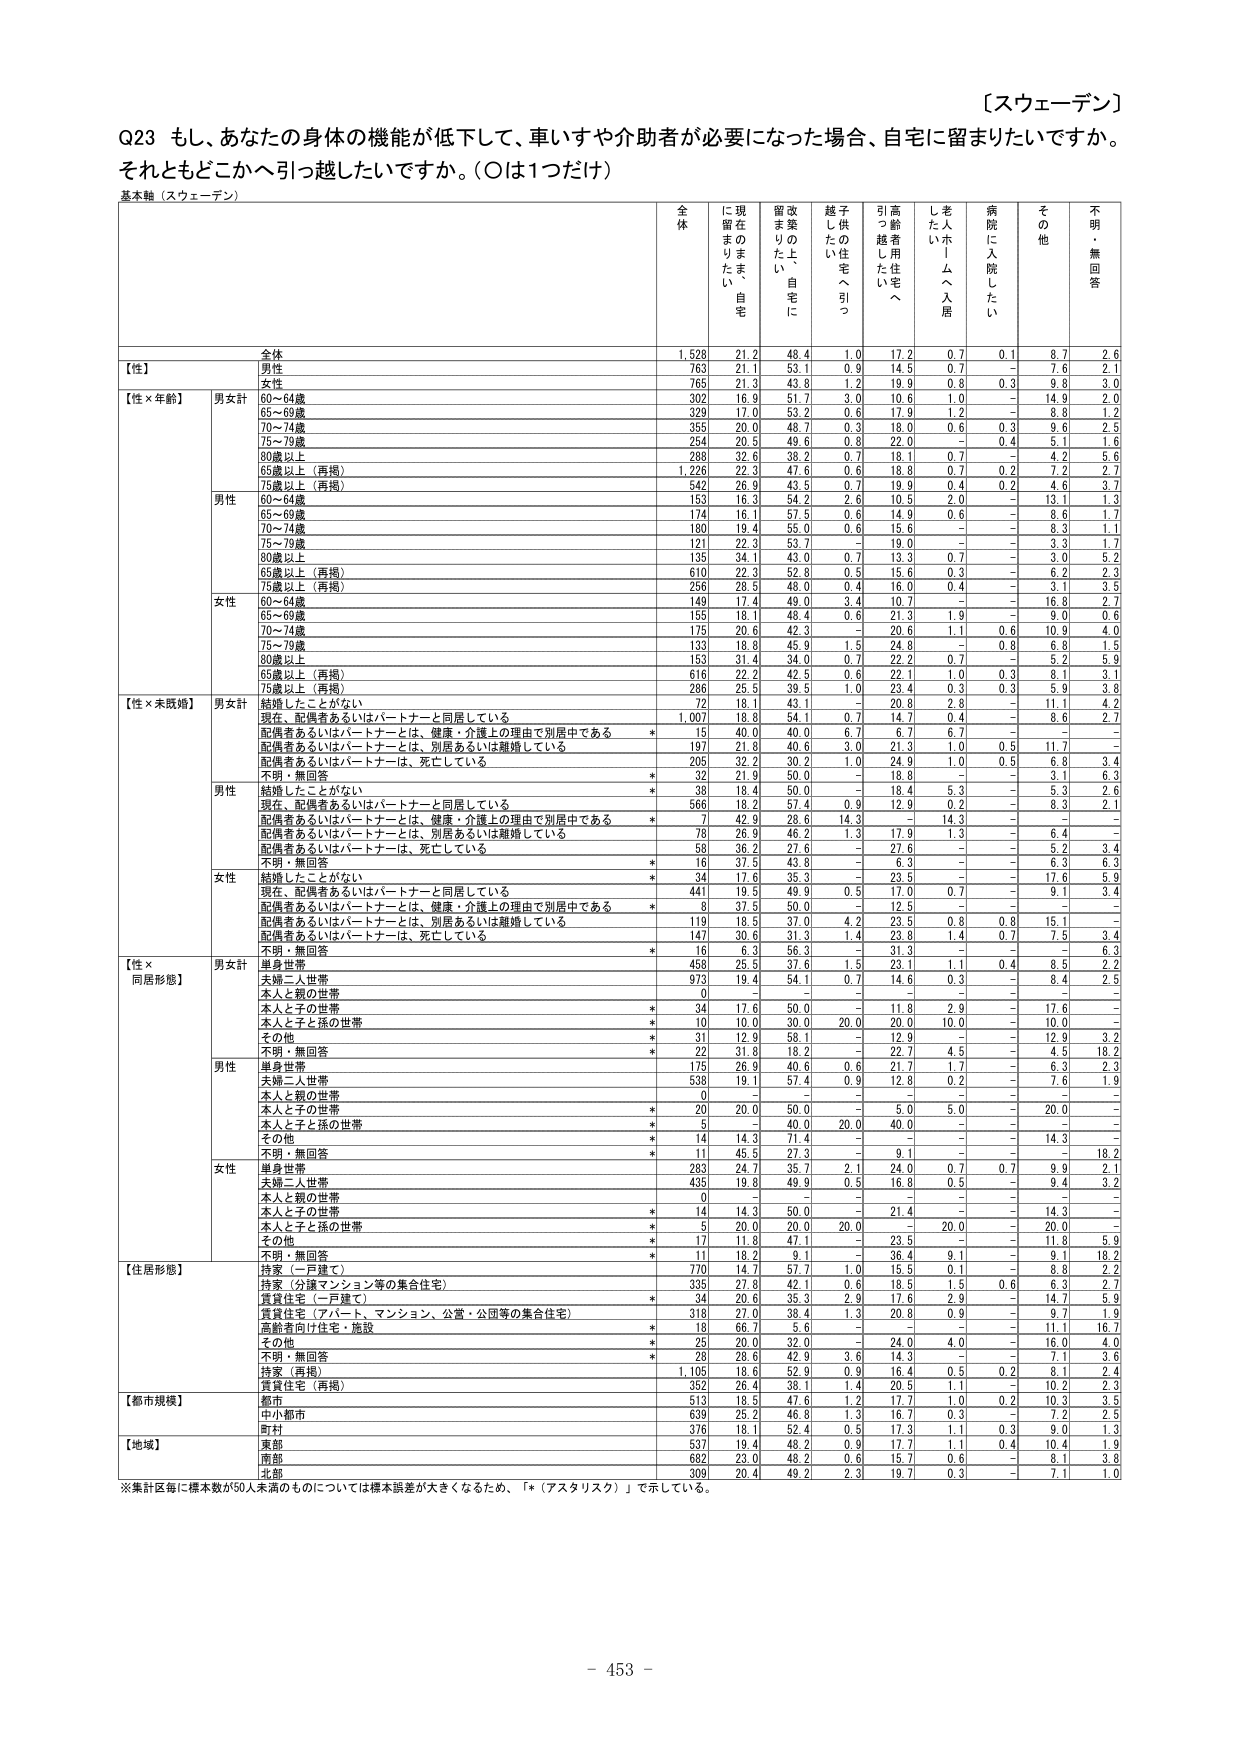
【スウェーデン】

Q23 もし、あなたの身体の機能が低下して、車いすや介助者が必要になった場合、自宅に留まりたいですか。それともどこかへ引っ越したいですか。（○は1つだけ）

基本軸（スウェーデン）

全体 に現在の ままの 住まいに 留まりたい 自宅 改築した 自宅に 越し たい 供の 住宅へ 引っ越 したい 高齢者 用住宅 へ 老人 ホーム へ 入居 病院に 入院したい その他 不明・ 無回答

全体 1,528 21.2 48.4 1.0 17.2 0.7 0.1 8.7 2.6

【性】
男性 763 21.1 53.1 0.9 14.5 0.7 - 7.6 2.1
女性 765 21.3 43.8 1.2 19.9 0.8 0.3 9.8 3.0

【性×年齢】
男女計
60～64歳 302 16.9 51.7 3.0 10.6 1.0 - 14.9 2.0
65～69歳 329 17.0 53.2 0.6 17.9 1.2 - 8.8 1.2
70～74歳 355 20.0 48.7 0.3 18.0 0.6 0.3 9.6 2.5
75～79歳 254 20.5 49.6 0.8 22.0 - 0.4 5.1 1.6
80歳以上 288 32.6 38.2 0.7 18.1 0.7 - 4.2 5.6
65歳以上（再掲） 1,226 22.3 47.6 0.6 18.8 0.7 0.2 7.2 2.7
75歳以上（再掲） 542 26.9 43.5 0.7 19.9 0.4 0.2 4.6 3.7

男性
60～64歳 153 16.3 54.2 2.6 10.5 2.0 - 13.1 1.3
65～69歳 174 16.1 57.5 0.6 14.9 0.6 - 8.6 1.7
70～74歳 180 19.4 55.0 0.6 15.6 - - 8.3 1.1
75～79歳 121 22.3 53.7 - 19.0 - - 3.3 1.7
80歳以上 135 34.1 43.0 0.7 13.3 0.7 - 3.0 5.2
65歳以上（再掲） 610 22.3 52.8 0.5 15.6 0.3 - 6.2 2.3
75歳以上（再掲） 256 28.5 48.0 0.4 16.0 0.4 - 3.1 3.5

女性
60～64歳 149 17.4 49.0 3.4 10.7 - - 16.8 2.7
65～69歳 155 18.1 48.4 0.6 21.3 1.9 - 9.0 0.6
70～74歳 175 20.6 42.3 - 20.6 1.1 0.6 10.9 4.0
75～79歳 133 18.8 45.9 1.5 24.8 - 0.8 6.8 1.5
80歳以上 153 31.4 34.0 0.7 22.2 0.7 - 5.2 5.9
65歳以上（再掲） 616 22.2 42.5 0.6 22.1 1.0 0.3 8.1 3.1
75歳以上（再掲） 286 25.5 39.5 1.0 23.4 0.3 0.3 5.9 3.8

【性×未婚形態】
男女計
結婚したことがない 72 18.1 43.1 - 20.8 2.8 - 11.1 4.2
現在、配偶者あるいはパートナーと同居している 1,007 18.8 54.1 0.7 14.7 0.4 - 8.6 2.7
配偶者あるいはパートナーとは、健康・介護上の理由で別居中である * 15 40.0 40.0 6.7 6.7 6.7 - - -
配偶者あるいはパートナーとは、別居あるいは離婚している 197 21.8 40.6 3.0 21.3 1.0 0.5 11.7 -
配偶者あるいはパートナーは、死亡している 205 32.2 30.2 1.0 24.9 1.0 0.5 6.8 3.4
不明・無回答 * 32 21.9 50.0 - 18.8 - - 3.1 6.3

男性
結婚したことがない * 38 18.4 50.0 - 18.4 5.3 - 5.3 2.6
現在、配偶者あるいはパートナーと同居している 566 18.2 57.4 0.9 12.9 0.2 - 8.3 2.1
配偶者あるいはパートナーとは、健康・介護上の理由で別居中である * 7 42.9 28.6 14.3 - 14.3 - - -
配偶者あるいはパートナーとは、別居あるいは離婚している 78 26.9 46.2 1.3 17.9 1.3 - 6.4 -
配偶者あるいはパートナーは、死亡している 58 36.2 27.6 - 27.6 - - 5.2 3.4
不明・無回答 * 16 37.5 43.8 - 6.3 - - 6.3 6.3

女性
結婚したことがない * 34 17.6 35.3 - 23.5 - - 17.6 5.9
現在、配偶者あるいはパートナーと同居している 441 19.3 49.9 0.5 17.0 0.7 - 9.1 3.4
配偶者あるいはパートナーとは、健康・介護上の理由で別居中である * 8 37.5 50.0 - 12.5 - - - -
配偶者あるいはパートナーとは、別居あるいは離婚している 119 18.5 37.0 4.2 23.5 0.8 0.8 15.1 -
配偶者あるいはパートナーは、死亡している 147 30.6 31.3 1.4 23.8 1.4 0.7 7.5 3.4
不明・無回答 * 16 6.3 56.3 - 31.3 - - - 6.3

【性×同居形態】
男女計
単身世帯 458 25.5 37.6 1.5 23.1 1.1 0.4 8.5 2.2
夫婦二人世帯 973 19.4 54.1 0.7 14.6 0.3 - 8.4 2.5
本人と親の世帯 0 - - - - - - - -
本人と子の世帯 * 34 17.6 50.0 - 11.8 2.9 - 17.6 -
本人と子と孫の世帯 * 10 10.0 30.0 20.0 20.0 10.0 - 10.0 -
その他 * 31 12.9 58.1 - 12.9 - - 12.9 3.2
不明・無回答 * 22 31.8 18.2 - 22.7 4.5 - 4.5 18.2

男性
単身世帯 175 26.9 40.6 0.6 21.7 1.7 - 6.3 2.3
夫婦二人世帯 538 19.1 57.4 0.9 12.8 0.2 - 7.6 1.9
本人と親の世帯 0 - - - - - - - -
本人と子の世帯 * 20 20.0 50.0 - 5.0 5.0 - 20.0 -
本人と子と孫の世帯 * 5 - 40.0 20.0 40.0 - - - -
その他 * 14 14.3 71.4 - - - - 14.3 -
不明・無回答 * 11 45.5 27.3 - 9.1 - - - 18.2

女性
単身世帯 283 24.7 35.7 2.1 24.0 0.7 0.7 9.9 2.1
夫婦二人世帯 435 19.8 49.9 0.5 16.8 0.5 - 9.4 3.2
本人と親の世帯 0 - - - - - - - -
本人と子の世帯 * 14 14.3 50.0 - 21.4 - - 14.3 -
本人と子と孫の世帯 * 5 20.0 20.0 20.0 - 20.0 - 20.0 -
その他 * 17 11.8 47.1 - 23.5 - - 11.8 5.9
不明・無回答 * 11 18.2 9.1 - 36.4 9.1 - 9.1 18.2

【住居形態】
持家（一戸建て） 770 14.7 57.7 1.0 15.5 0.1 - 8.8 2.2
持家（分譲マンション等の集合住宅） 335 27.8 42.1 0.6 18.5 1.5 0.6 6.3 2.7
賃貸住宅（一戸建て） * 34 20.6 35.3 2.9 17.6 2.9 - 14.7 5.9
賃貸住宅（アパート、マンション、公営・公団等の集合住宅） 318 27.0 38.4 1.3 20.8 0.9 - 9.7 1.9
高齢者向け住宅・施設 * 18 66.7 5.6 - - - - 11.1 16.7
その他 * 25 20.0 32.0 - 24.0 4.0 - 16.0 4.0
不明・無回答 * 28 28.6 42.9 3.6 14.3 - - 7.1 3.6
持家（再掲） 1,105 18.6 52.9 0.9 16.4 0.5 0.2 8.1 2.4
賃貸住宅（再掲） 352 26.4 38.1 1.4 20.5 1.1 - 10.2 2.3

【都市規模】
都市 513 18.5 47.6 1.2 17.7 1.0 0.2 10.3 3.5
中小都市 639 25.2 46.8 1.3 16.7 0.3 - 7.2 2.5
町村 376 18.1 52.4 0.5 17.3 1.1 0.3 9.0 1.3

【地域】
東部 537 19.4 48.2 0.9 17.7 1.1 0.4 10.4 1.9
南部 682 23.0 48.2 0.6 15.7 0.6 - 8.1 3.8
北部 309 20.4 49.2 2.3 19.7 0.3 - 7.1 1.0

※集計区毎に標本数が50人未満のものについては標本誤差が大きくなるため、「*（アスタリスク）」で示している。

- 453 -